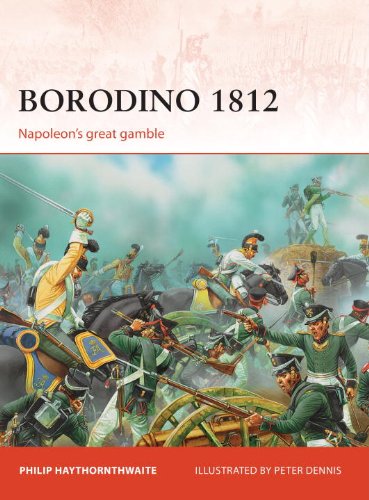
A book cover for Borodino 1812: Napoleon's great gamble (Campaign); Philip Haythornthwaite; History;